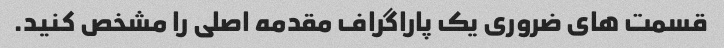
قسمت های ضروری یک پاراگراف مقدمه اصلی را مشخص کنید.